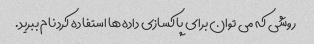
روشی که می توان برای پاکسازی داده ها استفاده کرد نام ببرید.